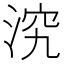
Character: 𣵇